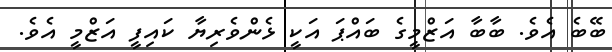
ބޭބެ އެވެ. ބާބާ އަޒްމީގެ ބައްޕަ އަކީ ޅެންވެރިޔާ ކައިފީ އަޒްމީ އެވެ.